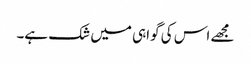
مجھے اس کی گواہی میں شک ہے۔